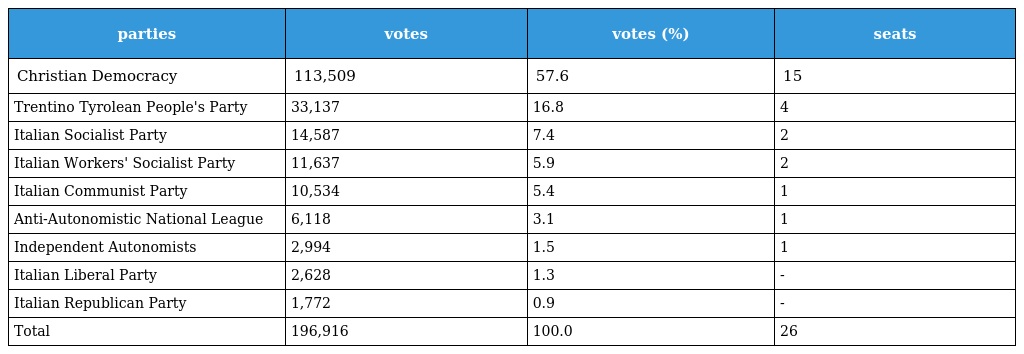
| parties | votes | votes (%) | seats |
 | --- | --- | --- | --- |
 | Christian Democracy | 113,509 | 57.6 | 15 |
 | Trentino Tyrolean People's Party | 33,137 | 16.8 | 4 |
 | Italian Socialist Party | 14,587 | 7.4 | 2 |
 | Italian Workers' Socialist Party | 11,637 | 5.9 | 2 |
 | Italian Communist Party | 10,534 | 5.4 | 1 |
 | Anti-Autonomistic National League | 6,118 | 3.1 | 1 |
 | Independent Autonomists | 2,994 | 1.5 | 1 |
 | Italian Liberal Party | 2,628 | 1.3 | - |
 | Italian Republican Party | 1,772 | 0.9 | - |
 | Total | 196,916 | 100.0 | 26 |